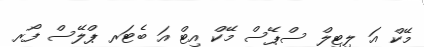
މޭކް އަ ލިޓިލް ސްޕޭސް މޭކް އިޓް އަ ބެޓަރ ޕްލޭސް ފޯރ